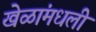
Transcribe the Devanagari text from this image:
खेळांमधली